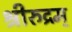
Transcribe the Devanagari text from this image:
श्रीरुद्रम्